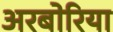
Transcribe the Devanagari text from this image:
अरबोरिया